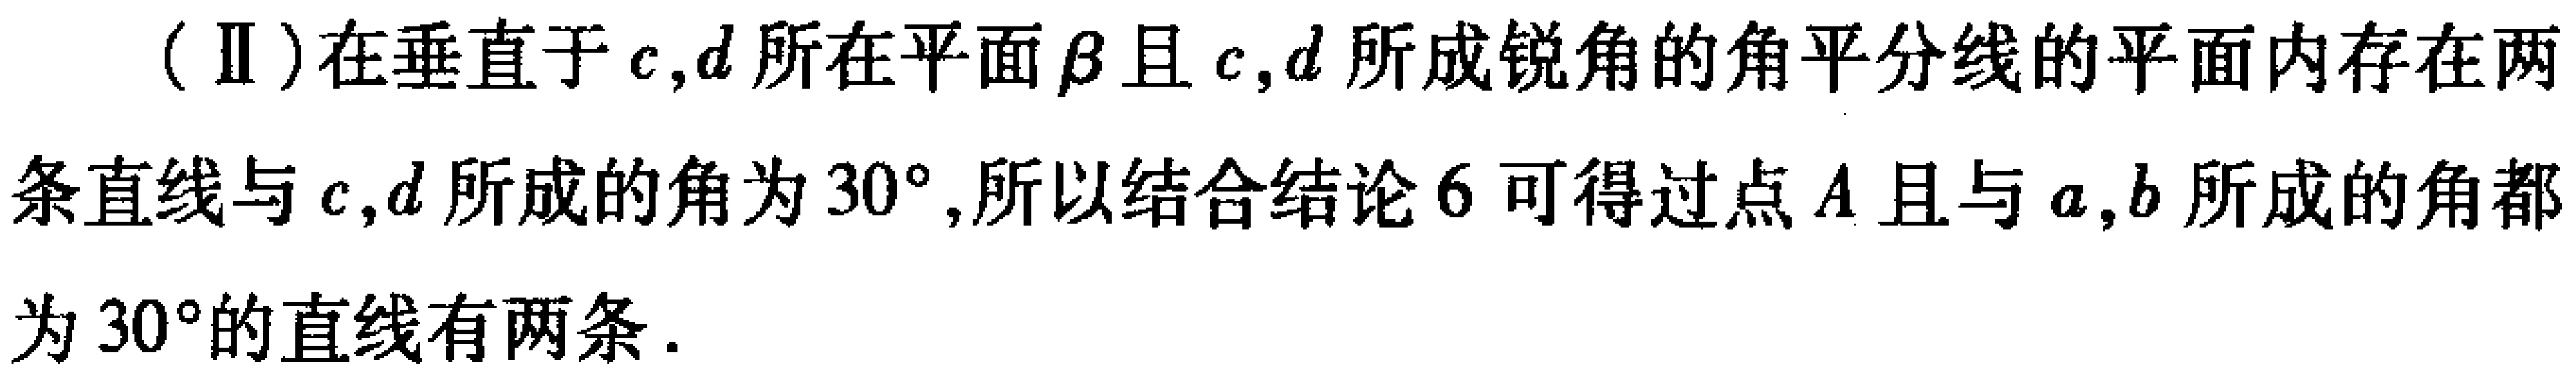
（Ⅱ）在垂直于\(c,d\)所在平面\(\beta\)且\(c,d\)所成锐角的角平分线的平面内存在两条直线与\(c,d\)所成的角为\(30^{\circ}\),所以结合结论\(6\)可得过点\(A\)且与\(a,b\)所成的角都为\(30^{\circ}\)的直线有两条.